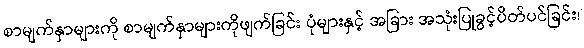
စာမျက်နှာများကို စာမျက်နှာများကိုဖျက်ခြင်း ပုံများနှင့် အခြား အသုံးပြုခွင့်ပိတ်ပင်ခြင်း၊